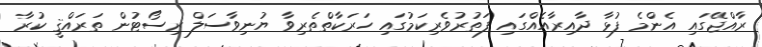
ރާއްޖޭގައި އެންމެ ފުޅާ ދާއިރާއެއްގައި ފަތުރުވެރިކަމުގައި ހަރަކާތްތެރިވާ ޔުނިވާސަލް ރިސޯޓުން ތަރައްޤީ ކުރާ